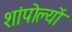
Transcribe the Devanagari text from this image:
शांपोल्यों